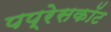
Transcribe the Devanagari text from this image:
पप्रेसकॉट